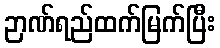
ဉာဏ်ရည်ထက်မြက်ပြီး